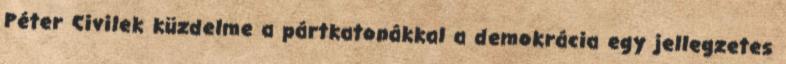
Péter Civilek küzdelme a pártkatonákkal a demokrácia egy jellegzetes